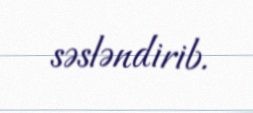
səsləndirib.